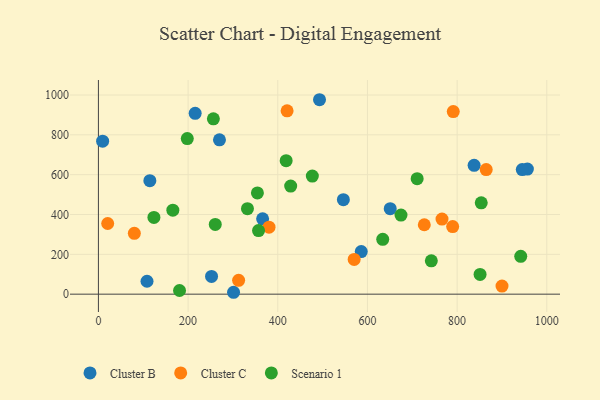
{"axis": {"x": "Experience", "y": "Salary"}, "legend": ["Cluster B", "Cluster C", "Scenario 1"], "data": [{"x": "546.3", "y": 474.4, "type": "Cluster B"}, {"x": "586.2", "y": 213.7, "type": "Cluster B"}, {"x": "366.2", "y": 378.1, "type": "Cluster B"}, {"x": "215.8", "y": 908.3, "type": "Cluster B"}, {"x": "301.4", "y": 9.5, "type": "Cluster B"}, {"x": "270.0", "y": 775.0, "type": "Cluster B"}, {"x": "956.7", "y": 628.4, "type": "Cluster B"}, {"x": "837.9", "y": 647.0, "type": "Cluster B"}, {"x": "114.7", "y": 570.1, "type": "Cluster B"}, {"x": "650.8", "y": 429.5, "type": "Cluster B"}, {"x": "252.3", "y": 89.1, "type": "Cluster B"}, {"x": "945.3", "y": 625.7, "type": "Cluster B"}, {"x": "9.4", "y": 768.4, "type": "Cluster B"}, {"x": "108.4", "y": 64.8, "type": "Cluster B"}, {"x": "493.1", "y": 976.4, "type": "Cluster B"}, {"x": "864.9", "y": 625.7, "type": "Cluster C"}, {"x": "20.7", "y": 354.8, "type": "Cluster C"}, {"x": "900.1", "y": 40.6, "type": "Cluster C"}, {"x": "570.4", "y": 174.3, "type": "Cluster C"}, {"x": "80.1", "y": 305.7, "type": "Cluster C"}, {"x": "766.3", "y": 377.2, "type": "Cluster C"}, {"x": "791.4", "y": 917.0, "type": "Cluster C"}, {"x": "380.5", "y": 336.5, "type": "Cluster C"}, {"x": "420.8", "y": 920.5, "type": "Cluster C"}, {"x": "790.1", "y": 339.3, "type": "Cluster C"}, {"x": "726.8", "y": 348.5, "type": "Cluster C"}, {"x": "312.7", "y": 69.6, "type": "Cluster C"}, {"x": "260.6", "y": 350.1, "type": "Scenario 1"}, {"x": "354.6", "y": 508.5, "type": "Scenario 1"}, {"x": "851.2", "y": 99.0, "type": "Scenario 1"}, {"x": "710.9", "y": 579.9, "type": "Scenario 1"}, {"x": "166.0", "y": 421.9, "type": "Scenario 1"}, {"x": "941.9", "y": 190.1, "type": "Scenario 1"}, {"x": "477.1", "y": 593.2, "type": "Scenario 1"}, {"x": "256.4", "y": 880.4, "type": "Scenario 1"}, {"x": "674.8", "y": 397.3, "type": "Scenario 1"}, {"x": "428.8", "y": 542.7, "type": "Scenario 1"}, {"x": "357.1", "y": 319.5, "type": "Scenario 1"}, {"x": "180.9", "y": 18.4, "type": "Scenario 1"}, {"x": "332.4", "y": 429.1, "type": "Scenario 1"}, {"x": "198.2", "y": 781.2, "type": "Scenario 1"}, {"x": "418.7", "y": 670.1, "type": "Scenario 1"}, {"x": "123.8", "y": 385.4, "type": "Scenario 1"}, {"x": "742.5", "y": 167.3, "type": "Scenario 1"}, {"x": "634.1", "y": 275.4, "type": "Scenario 1"}, {"x": "853.8", "y": 458.5, "type": "Scenario 1"}]}